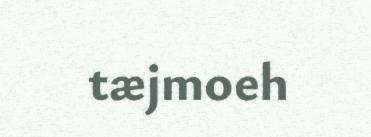
tæjmoeh